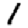
Digit: 1